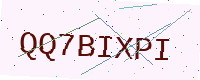
Text: QQ7BIXPI